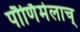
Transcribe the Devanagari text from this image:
पौर्णिमेलाच्